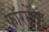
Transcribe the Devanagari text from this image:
फॉरमेंटेड